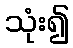
သုံး၍